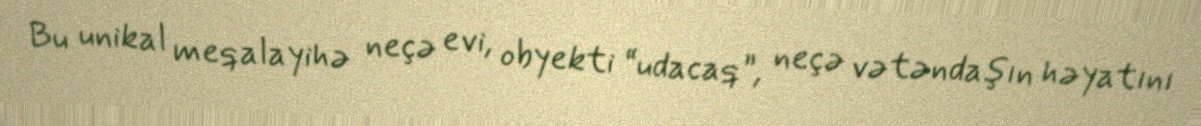
Bu unikal meqalayihə neçə evi, obyekti “udacaq”, neçə vətəndaşın həyatını